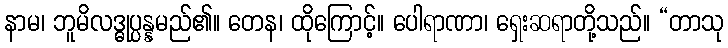
နာမ၊ ဘူမိလဒ္ဓုပ္ပန္နမည်၏။ တေန၊ ထိုကြောင့်။ ပေါရာဏာ၊ ရှေးဆရာတို့သည်။ “တာသု